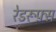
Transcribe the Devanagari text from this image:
रेडरूफ़्स